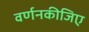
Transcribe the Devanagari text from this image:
वर्णनकीजिए